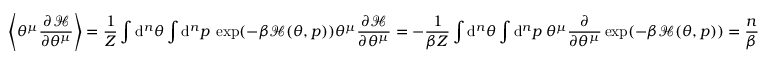
\left\langle \theta ^ { \mu } \frac { \partial \mathcal { H } } { \partial \theta ^ { \mu } } \right\rangle = \frac { 1 } { Z } \int \mathrm { d } ^ { n } \theta \int \mathrm { d } ^ { n } p \: \exp ( - \beta \mathcal { H } ( \theta , p ) ) \theta ^ { \mu } \frac { \partial \mathcal { H } } { \partial \theta ^ { \mu } } = - \frac { 1 } { \beta Z } \int \mathrm { d } ^ { n } \theta \int \mathrm { d } ^ { n } p \: \theta ^ { \mu } \frac { \partial } { \partial \theta ^ { \mu } } \exp ( - \beta \mathcal { H } ( \theta , p ) ) = \frac { n } { \beta }